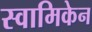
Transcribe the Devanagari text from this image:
स्वामिकेन